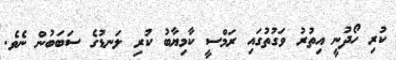
ކުރި ހޯދުނީ އިތުރު ވަގުތުގައި ރަމްސީ ކާމިޔާބު ކުރި ލަނޑުގެ ސަބަބުން ނެވެ.